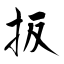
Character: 扳